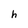
Character: h